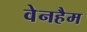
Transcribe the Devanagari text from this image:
वेनहैम